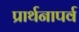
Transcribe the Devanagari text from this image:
प्रार्थनापर्व